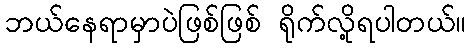
ဘယ်နေရာမှာပဲဖြစ်ဖြစ် ရိုက်လို့ရပါတယ်။